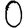
Digit: 0